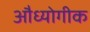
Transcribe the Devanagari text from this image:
औध्योगीक